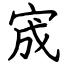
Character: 宬